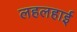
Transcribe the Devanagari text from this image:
लहलहाई